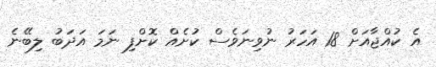
އެ ކުއްޖާއަށް 18 އަހަރު ނުވިނަަވެސް ކުށެއް ކޮށްފި ނަމަ އަދަބު ލިބޭނެ